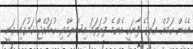
އެހެން ކަމުން ޢަލީގެ ފާނަކީ އެންމެ ފުރަތަމަ އިސްލާމްވި ކުޑަކުއްޖާ ކަމުގައި ވަނީ